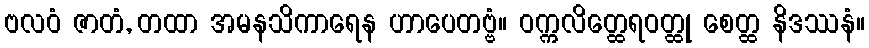
ဗလဝံ ဇာတံ, တထာ အမနသိကာရေန ဟာပေတဗ္ဗံ။ ဝက္ကလိတ္ထေရဝတ္ထု စေတ္ထ နိဒဿနံ။